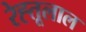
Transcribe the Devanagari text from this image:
रेह्तूलाल